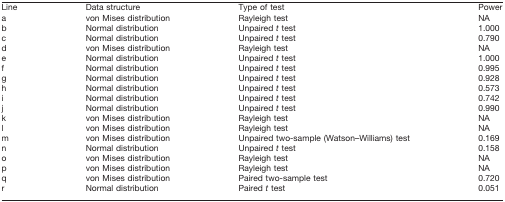
<table><thead><tr><td><b>Line</b></td><td><b>Data structure</b></td><td><b>Type of test</b></td><td><b>Power</b></td></tr></thead><tbody><tr><td>a</td><td>von Mises distribution</td><td>Rayleigh test</td><td>NA</td></tr><tr><td>b</td><td>Normal distribution</td><td>Unpaired <i>t</i> test</td><td>1.000</td></tr><tr><td>c</td><td>Normal distribution</td><td>Unpaired <i>t</i> test</td><td>0.790</td></tr><tr><td>d</td><td>von Mises distribution</td><td>Rayleigh test</td><td>NA</td></tr><tr><td>e</td><td>Normal distribution</td><td>Unpaired <i>t</i> test</td><td>1.000</td></tr><tr><td>f</td><td>Normal distribution</td><td>Unpaired <i>t</i> test</td><td>0.995</td></tr><tr><td>g</td><td>Normal distribution</td><td>Unpaired <i>t</i> test</td><td>0.928</td></tr><tr><td>h</td><td>Normal distribution</td><td>Unpaired <i>t</i> test</td><td>0.573</td></tr><tr><td>i</td><td>Normal distribution</td><td>Unpaired <i>t</i> test</td><td>0.742</td></tr><tr><td>j</td><td>Normal distribution</td><td>Unpaired <i>t</i> test</td><td>0.990</td></tr><tr><td>k</td><td>von Mises distribution</td><td>Rayleigh test</td><td>NA</td></tr><tr><td>l</td><td>von Mises distribution</td><td>Rayleigh test</td><td>NA</td></tr><tr><td>m</td><td>von Mises distribution</td><td>Unpaired two-sample (Watson–Williams) test</td><td>0.169</td></tr><tr><td>n</td><td>Normal distribution</td><td>Unpaired <i>t</i> test</td><td>0.158</td></tr><tr><td>o</td><td>von Mises distribution</td><td>Rayleigh test</td><td>NA</td></tr><tr><td>p</td><td>von Mises distribution</td><td>Rayleigh test</td><td>NA</td></tr><tr><td>q</td><td>von Mises distribution</td><td>Paired two-sample test</td><td>0.720</td></tr><tr><td>r</td><td>Normal distribution</td><td>Paired <i>t</i> test</td><td>0.051</td></tr></tbody></table>